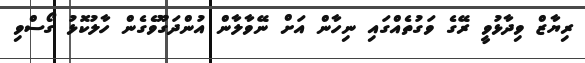
ރިޔާޒް ވިދާޅުވީ ރޭގެ ވަގުތެއްގައި ނިހާން އަށް ނޭވާލާން އުންދަގޫވެގެން ހާލުކޮޅު ގޯސްވި